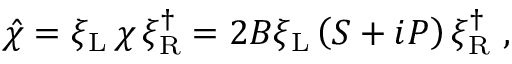
\hat { \chi } = \xi _ { \mathrm { L } } \, \chi \, \xi _ { \mathrm { R } } ^ { \dag } = 2 B \xi _ { \mathrm { L } } \left( { \cal S } + i { \cal P } \right) \xi _ { \mathrm { R } } ^ { \dag } \ ,